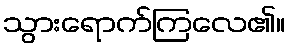
သွားရောက်ကြလေ၏။